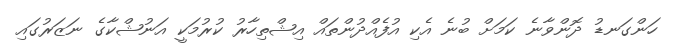
ހަންގަނޑު ދޮންވާނެ ކަމަށް ބުނެ އެކި އުފެއްދުންތައް އިޝްތިހާރު ކުރުމަކީ އަނުޝްކާގެ ނަޒަރުގައި